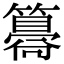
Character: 𥵸